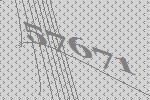
57671